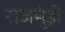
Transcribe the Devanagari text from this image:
राजमुंड्री